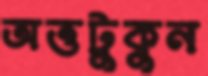
অত্তটুকুন